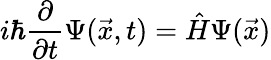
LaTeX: i\hbar\frac{\partial}{\partial t}\Psi(\vec{x},t)=\hat{H}\Psi(\vec{x})